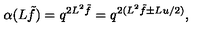
\alpha ( L \tilde { f } ) = q ^ { 2 L ^ { 2 } \tilde { f } } = q ^ { 2 ( L ^ { 2 } \tilde { f } \pm L u / 2 ) } ,